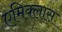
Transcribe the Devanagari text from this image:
एमिक्लास